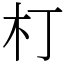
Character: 朾